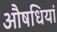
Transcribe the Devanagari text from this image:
औषधियां